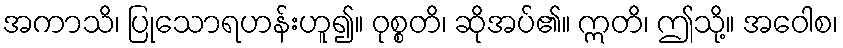
အကာသိ၊ ပြုသောရဟန်းဟူ၍။ ဝုစ္စတိ၊ ဆိုအပ်၏။ ဣတိ၊ ဤသို့။ အဝေါစ၊